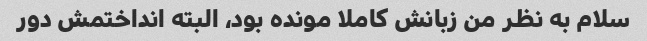
سلام به نظر من زبانش کاملا مونده بود، البته انداختمش دور